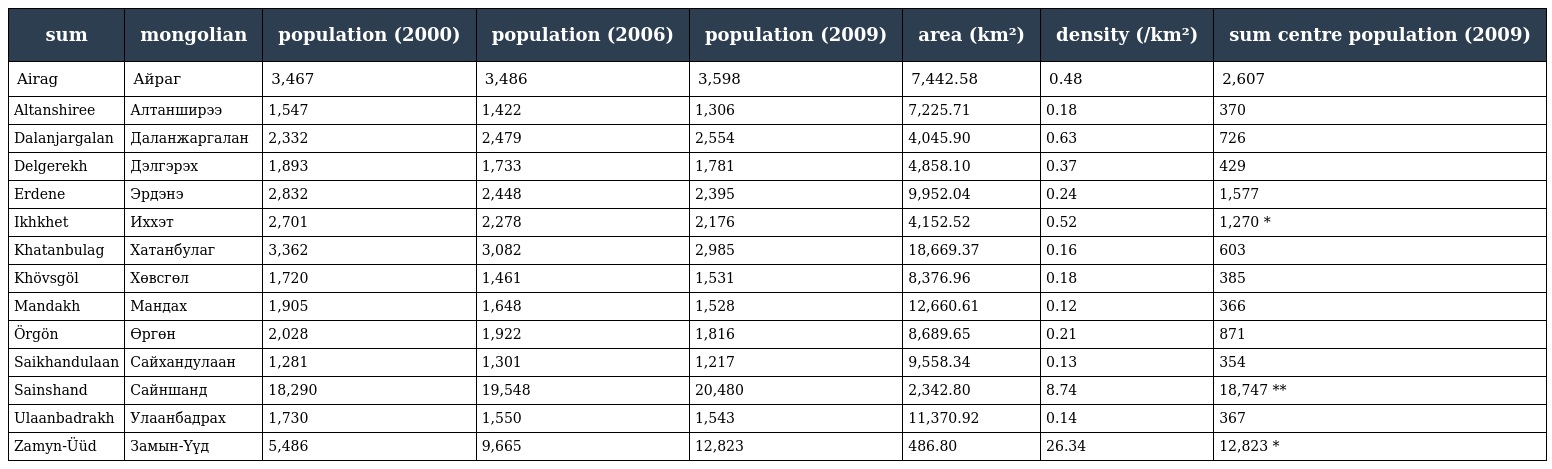
| sum | mongolian | population (2000) | population (2006) | population (2009) | area (km²) | density (/km²) | sum centre population (2009) |
 | --- | --- | --- | --- | --- | --- | --- | --- |
 | Airag | Айраг | 3,467 | 3,486 | 3,598 | 7,442.58 | 0.48 | 2,607 |
 | Altanshiree | Алтанширээ | 1,547 | 1,422 | 1,306 | 7,225.71 | 0.18 | 370 |
 | Dalanjargalan | Даланжаргалан | 2,332 | 2,479 | 2,554 | 4,045.90 | 0.63 | 726 |
 | Delgerekh | Дэлгэрэх | 1,893 | 1,733 | 1,781 | 4,858.10 | 0.37 | 429 |
 | Erdene | Эрдэнэ | 2,832 | 2,448 | 2,395 | 9,952.04 | 0.24 | 1,577 |
 | Ikhkhet | Иххэт | 2,701 | 2,278 | 2,176 | 4,152.52 | 0.52 | 1,270 * |
 | Khatanbulag | Хатанбулаг | 3,362 | 3,082 | 2,985 | 18,669.37 | 0.16 | 603 |
 | Khövsgöl | Хөвсгөл | 1,720 | 1,461 | 1,531 | 8,376.96 | 0.18 | 385 |
 | Mandakh | Мандах | 1,905 | 1,648 | 1,528 | 12,660.61 | 0.12 | 366 |
 | Örgön | Өргөн | 2,028 | 1,922 | 1,816 | 8,689.65 | 0.21 | 871 |
 | Saikhandulaan | Сайхандулаан | 1,281 | 1,301 | 1,217 | 9,558.34 | 0.13 | 354 |
 | Sainshand | Сайншанд | 18,290 | 19,548 | 20,480 | 2,342.80 | 8.74 | 18,747 ** |
 | Ulaanbadrakh | Улаанбадрах | 1,730 | 1,550 | 1,543 | 11,370.92 | 0.14 | 367 |
 | Zamyn-Üüd | Замын-Үүд | 5,486 | 9,665 | 12,823 | 486.80 | 26.34 | 12,823 * |